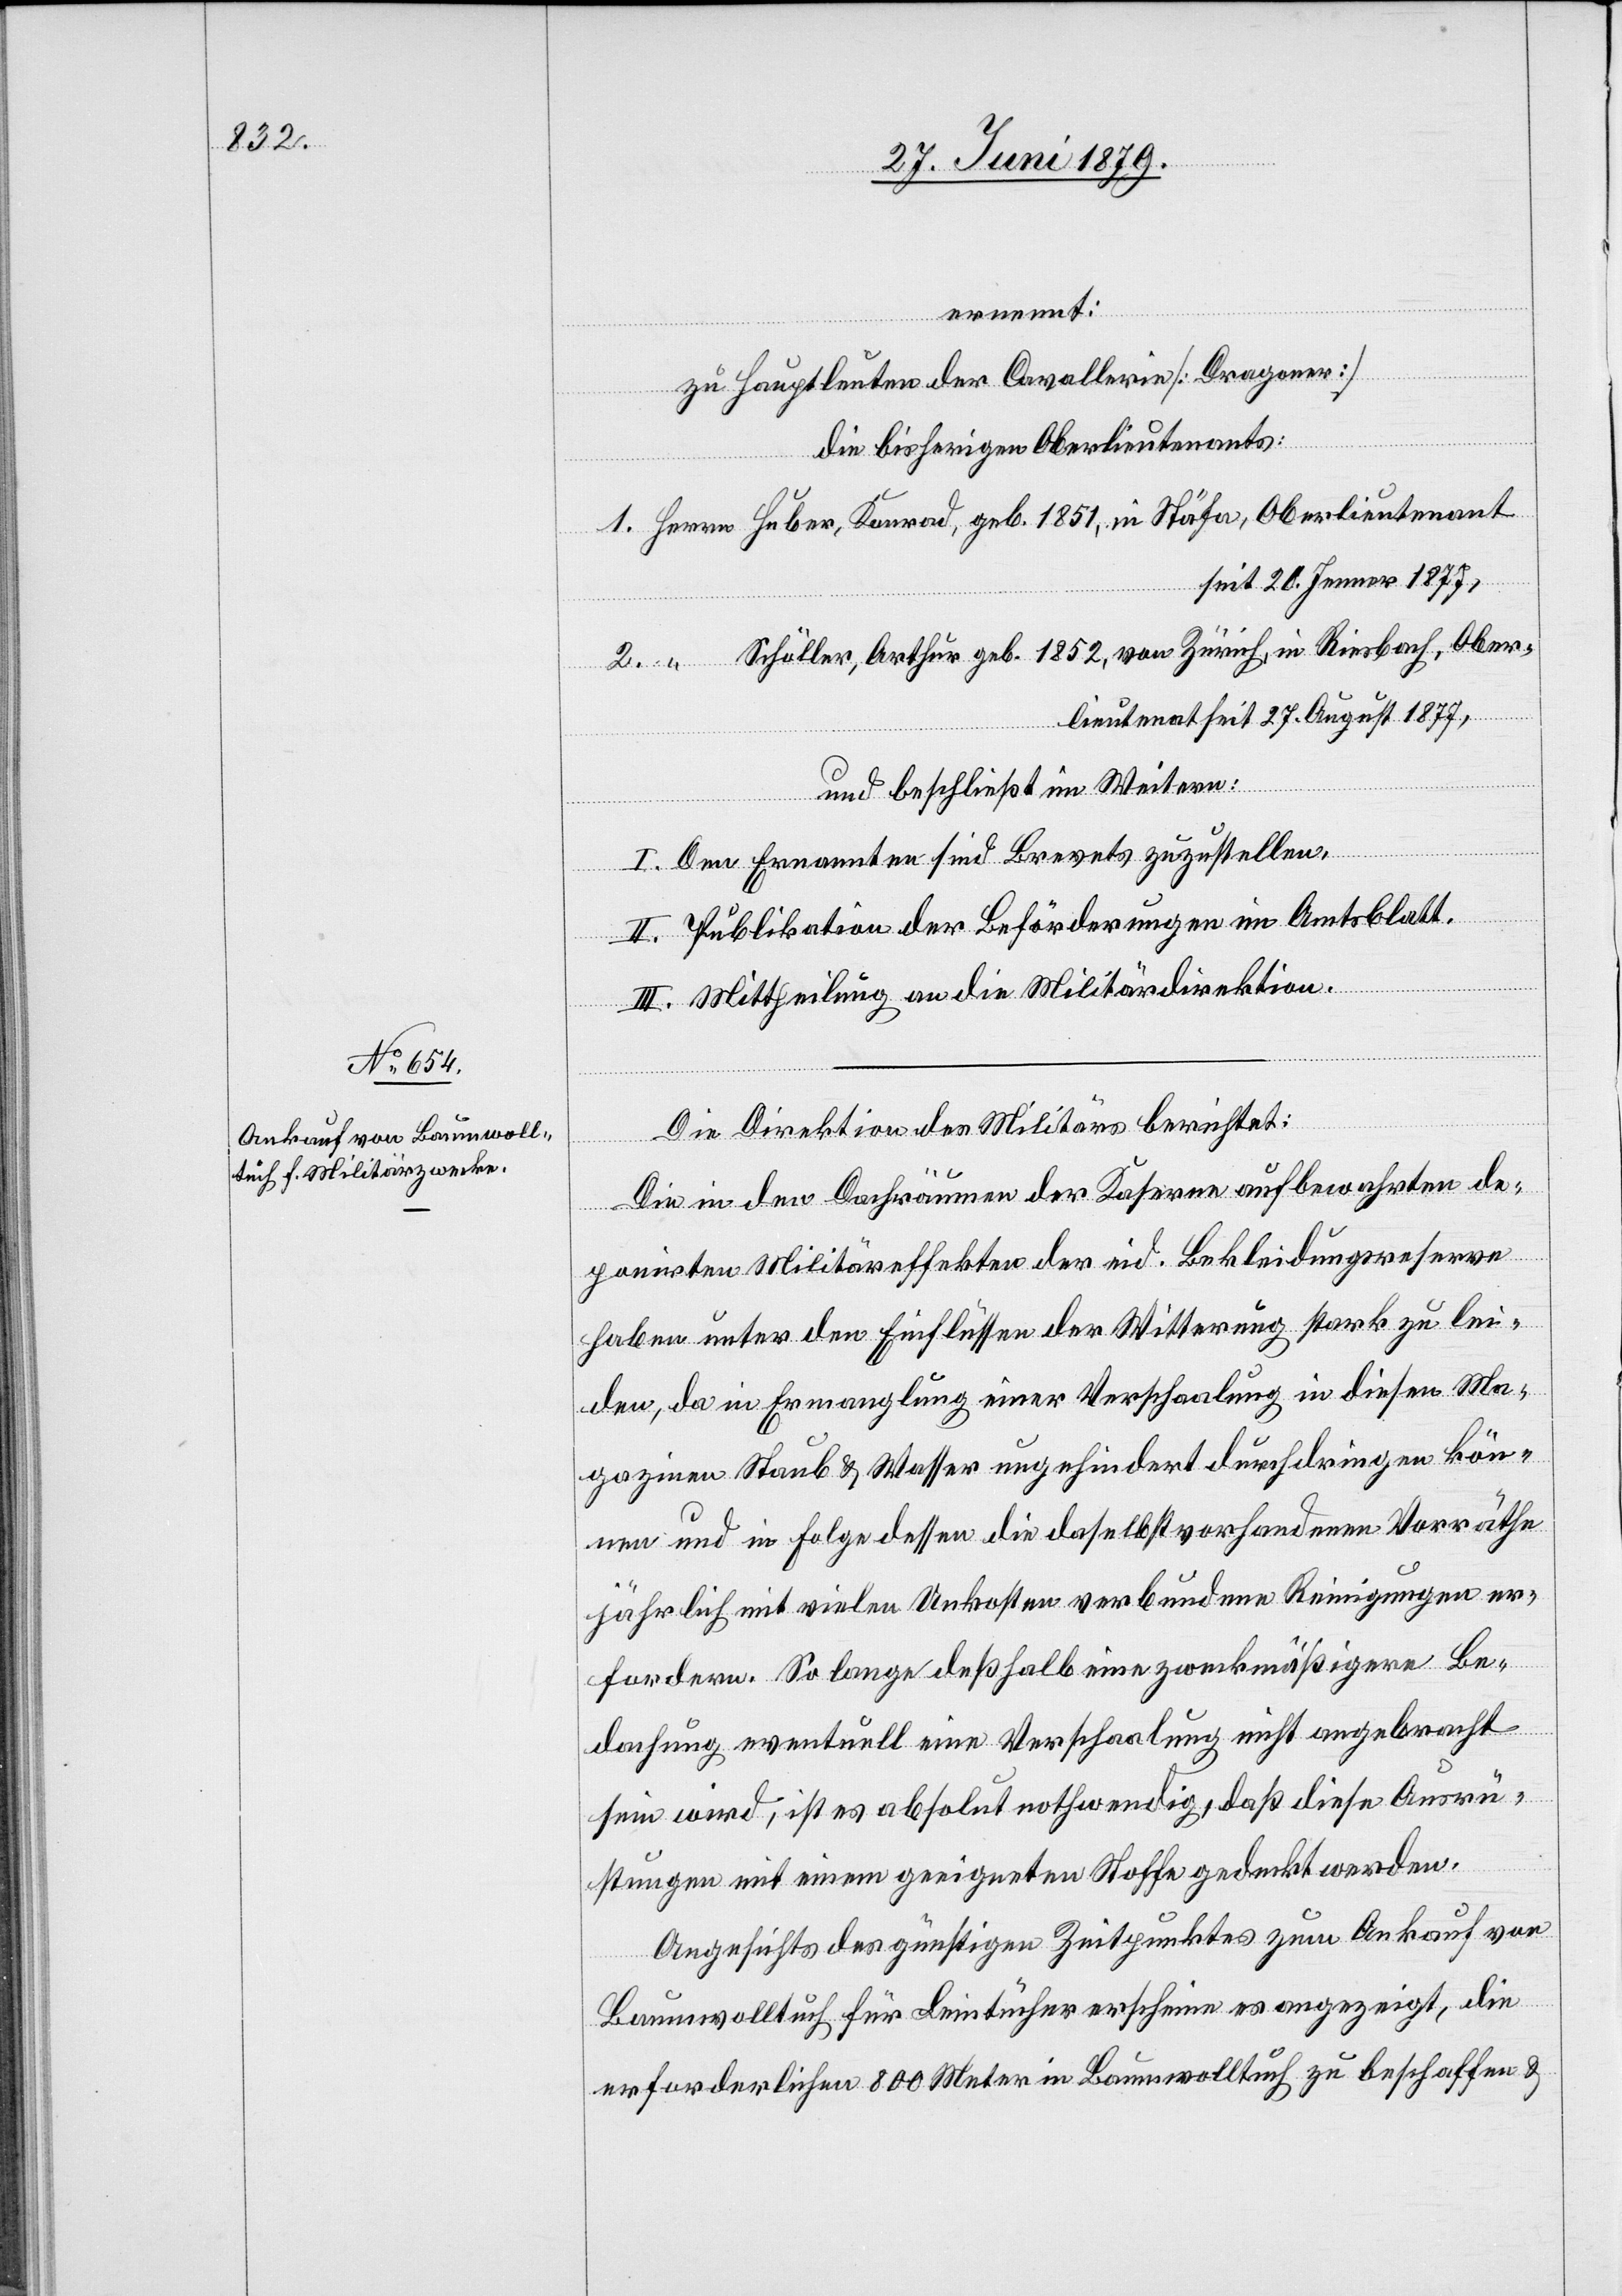
ernennt:
zu Hauptleuten der Cavallerie [Dragoner]
die bisherigen Oberlieutenants:
1. Herrn Huber, Konrad, geb. 1851, in Stäfa, Oberlieutenant
seit 20. Jenner 1877,
2. “ Schüller, Arthur geb. 1852, von Zürich, in Riesbach, Ober¬
lieutena[n]t seit 27. August 1877,
und beschließt im Weitern:
I. Den Ernannten sind Brevets zuzustellen.
II. Publikation der Beförderungen im Amtsblatt.
III. Mittheilung an die Militärdirektion.
Die Direktion des Militärs berichtet:
Die in den Dachräumen der Kaserne aufbewahrten de¬
ponirten Militäreffekten der eid. Bekleidungsreserve
haben unter den Einflüssen der Witterung stark zu lei¬
den, da in Ermanglung einer Verschaalung in diesen Ma¬
gazinen Staub & Wasser ungehindert durchdringen kön¬
nen und in Folge dessen die daselbst vorhandenen Vorräthe
jährlich mit vielen Unkosten verbundene Reinigungen er¬
fordern. So lange deßhalb eine zweckmäßigere Be¬
dachung eventuell eine Verschaalung nicht angebracht
sein wird, ist es absolut nothwendig, daß diese Ausrü¬
stungen mit einem geeigneten Stoffe gedeckt werden.
Angesichts des günstigen Zeitpunktes zum Ankauf von
Baumwolltuch für Leintücher erscheine es angezeigt, die
erforderlichen 800 Meter in Baumwolltuch zu beschaffen &